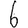
Digit: 6